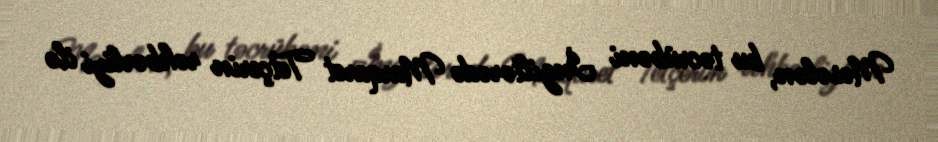
Məsələn, bu təcrübəni İngiltərədə Marqaret Tetçerin rəhbərliyi ilə